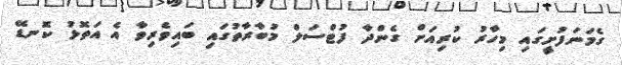
ގެމަނަފުށީގައި މިހާރު ކުރިއަށް ގެންދާ ފުޓްސަލް މުބާރާތުގައި ބައިވެރިވާ އެ އަތޮޅު ކޮނޑޭ